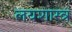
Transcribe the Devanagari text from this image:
लयशास्त्र